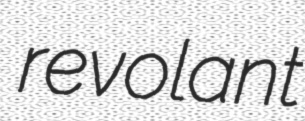
revolant